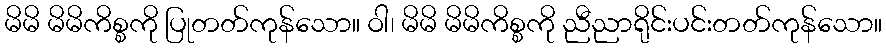
မိမိ မိမိကိစ္စကို ပြုတတ်ကုန်သော။ ဝါ၊ မိမိ မိမိကိစ္စကို ညီညာရိုင်းပင်းတတ်ကုန်သော။